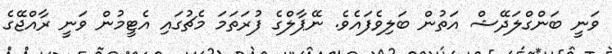
ވަނީ ބަންގްލަދޭޝް އަތުން ބަލިވެފައެވެ. ނޭޕާލްގެ ފުރަތަމަ މެޗުގައި އެޓީމުން ވަނީ ރާއްޖޭގެ